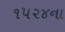
૧૫૨૪ના